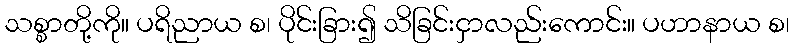
သစ္စာတို့ကို။ ပရိညာယ စ၊ ပိုင်းခြား၍ သိခြင်းငှာလည်းကောင်း။ ပဟာနာယ စ၊